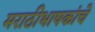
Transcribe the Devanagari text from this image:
मराठीभाषकांचे